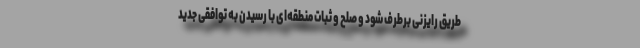
طریق رایزنی برطرف شود و صلح و ثبات منطقه‌ای با رسیدن به توافقی جدید